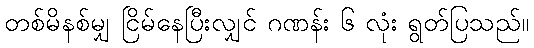
တစ်မိနစ်မျှ ငြိမ်နေပြီးလျှင် ဂဏန်း ၆ လုံး ရွတ်ပြသည်။